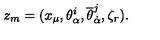
z _ { m } = ( x _ { \mu } , \theta _ { \alpha } ^ { i } , { \overline { \theta } } _ { \dot { \alpha } } ^ { j } , \zeta _ { r } ) .